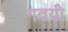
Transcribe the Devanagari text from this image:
गवयी